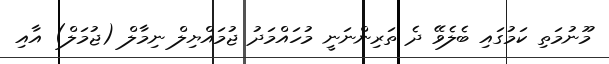
މޫނުމަތި ކަމުގައި ބެލެވޭ ދެ ތަރިންނަނީ މުހައްމަދު ޖުމައްޔިލް ނިމާލް (ޖުމަލް) އާއި